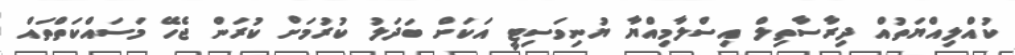
ކުއްލިއްޔަތުއް ދިރާސާތިލް އިސްލާމިއްޔާ ޔުނިވަސިޓީ އަކަށް ބަދަލު ކުރުމަށް ކުރަން ޖެހޭ މަސައްކަތްތައް